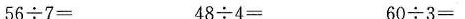
56{\div} 7= 48{\div} 4= 60{\div} 3=